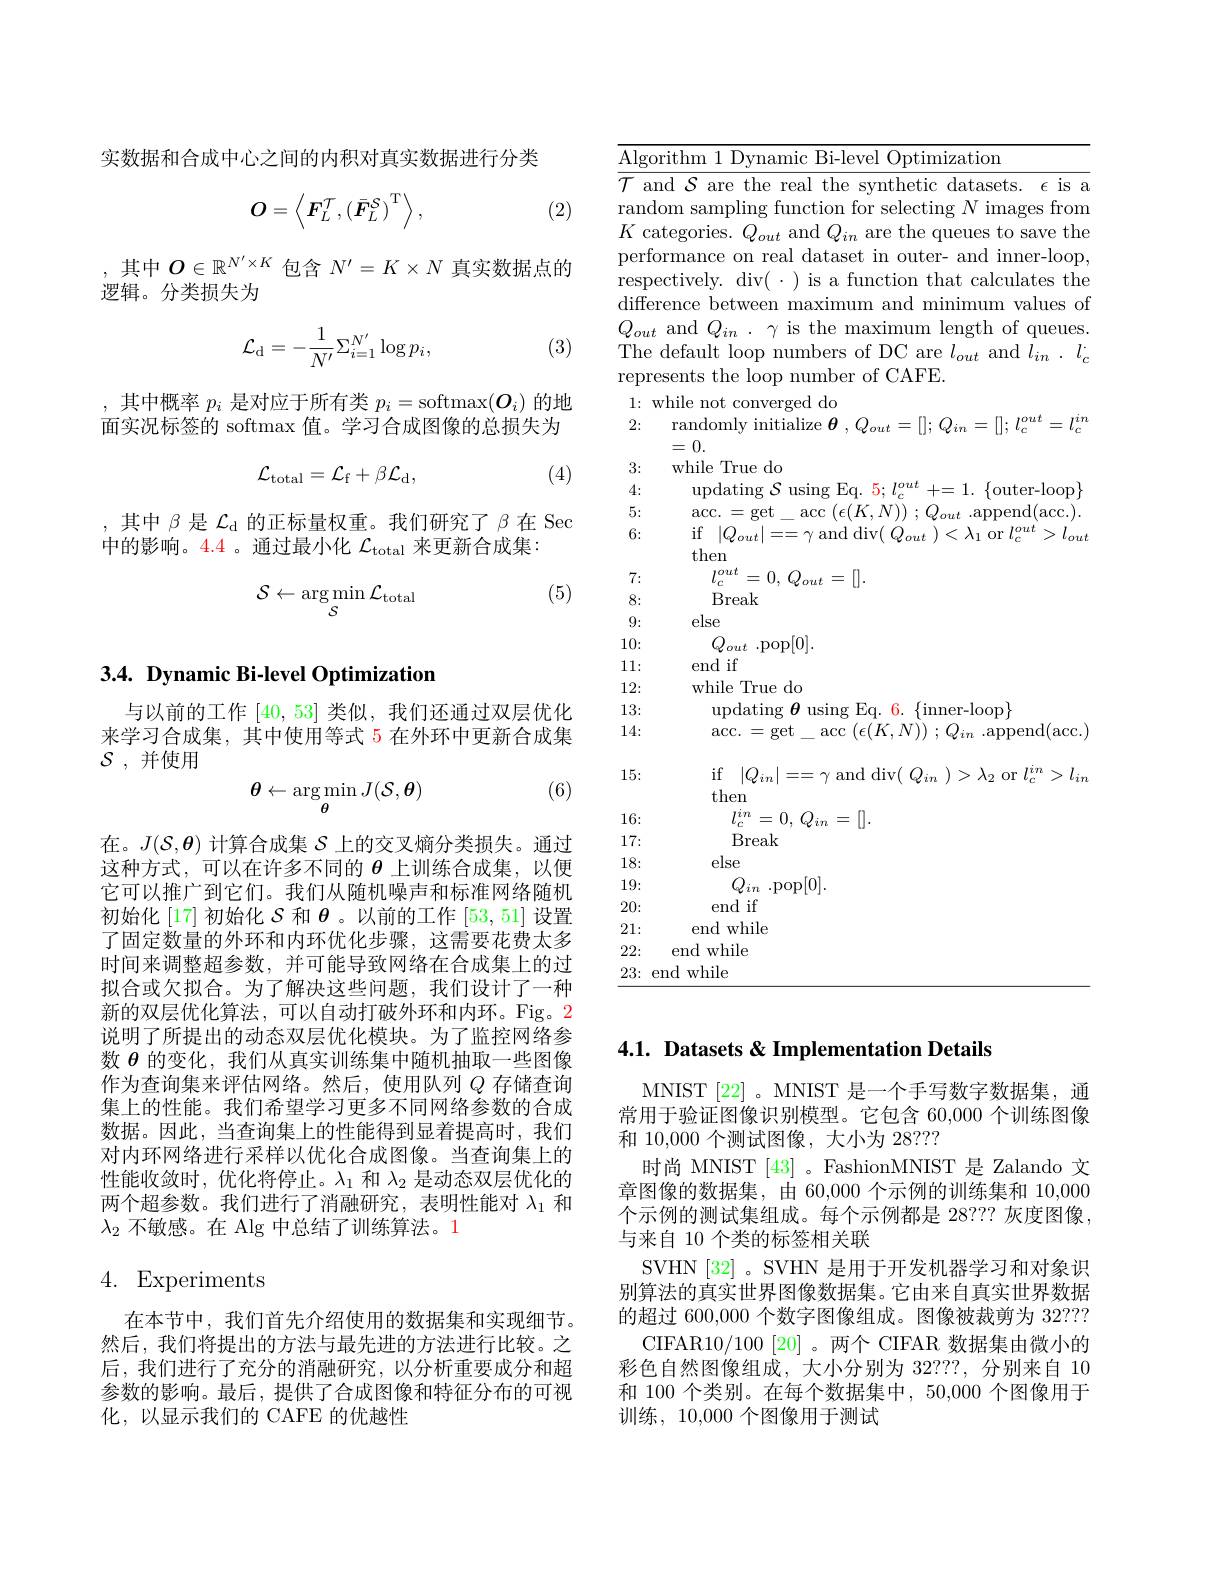
实数据和合成中心之间的内积对真实数据进行分类
$$\boldsymbol{O}=\left\langle\boldsymbol{F}_{L}^{\tau},\left(\bar{\boldsymbol{F}}_{L}^{\mathcal{S}}\right)^{\mathrm{T}}\right\rangle,$$
(2)

,其中$O\in\mathbb{R}^{N^{\prime}\times K}$包含$N^\prime=K\times N$真实数据点的
逻辑。分类损失为
$$\mathcal{L}_{\mathrm{d}}=-\frac{1}{N^{\prime}}\Sigma_{i=1}^{N^{\prime}}\log p_{i},$$
(3)

,其中概率$p_i$是对应于所有类$p_i=$softmax$(O_i)$的地面实况标签的 softmax 值。学习合成图像的总损失为

(4)
$$\mathcal{L}_{\mathrm{total}}=\mathcal{L}_{\mathrm{f}}+\beta\mathcal{L}_{\mathrm{d}},$$
,其中$\beta$是$\mathcal{L}_\mathrm{d}$的正标量权重。我们研究了$\beta$在 Sec
中的影响。4.4 。通过最小化$\mathcal{L}_\mathrm{total}$来更新合成集：

(5)
$$\mathcal{S}\leftarrow\underset{S}{\operatorname*{\arg\min}}\mathcal{L}_{\mathrm{total}}$$
## $3. 4. \textbf{ Dynamic Bi- level Optimization}$

与以前的工作[40,53]类似，我们还通过双层优化来学习合成集，其中使用等式 5 在外环中更新合成集$\mathcal{S}$ , 并使用

(6)
$$\theta\leftarrow\underset{\theta}{\operatorname*{\arg\min}}J(\mathcal{S},\boldsymbol{\theta})$$
在。$J(\mathcal{S},\boldsymbol{\theta})$计算合成集$\mathcal{S}$上的交叉熵分类损失。通过这种方式，可以在许多不同的$\theta$上训练合成集，以便它可以推广到它们。我们从随机噪声和标准网络随机初始化[17]初始化$S$ 和$\theta$。以前的工作[53,51]设置了固定数量的外环和内环优化步骤，这需要花费太多时间来调整超参数，并可能导致网络在合成集上的过拟合或欠拟合。为了解决这些问题，我们设计了一种新的双层优化算法，可以自动打破外环和内环。Fig。2说明了所提出的动态双层优化模块。为了监控网络参数$\theta$的变化，我们从真实训练集中随机抽取一些图像作为查询集来评估网络。然后，使用队列$Q$存储查询集上的性能。我们希望学习更多不同网络参数的合成数据。因此，当查询集上的性能得到显着提高时，我们对内环网络进行采样以优化合成图像。当查询集上的性能收敛时，优化将停止。$\lambda_1$和$\lambda_2$是动态双层优化的两个超参数。我们进行了消融研究，表明性能对$\lambda_1$和$\lambda_2$不敏感。在 Alg 中总结了训练算法。1

## 4. Experiments

在本节中，我们首先介绍使用的数据集和实现细节。然后，我们将提出的方法与最先进的方法进行比较。之后，我们进行了充分的消融研究，以分析重要成分和超参数的影响。最后，提供了合成图像和特征分布的可视化，以显示我们的 CAFE 的优越性

Algorithm 1 Dynamic Bi-level Optimization
$\overline{\mathcal{T}\text{ and }\mathcal{S}\text{ are the real the synthetic datasets. }\epsilon\text{ is a}}$ random sampling function for selecting $N$ images from $K$ categories. $Q_out$ and $Q_in$ are the queues to save the performance on real dataset in outer- and inner-loop, respectively. div( - ) is a function that calculates the difference between maximum and minimum values of $Q_{out}$ and $Q_in$ . $\gamma$ is the maximum length of queues. The default loop numbers of DC are $l_out$ and $l_in$ . $l_c$ represents the loop number of CAFE.
1: while not converged do
2: randomly initialize $\boldsymbol{\theta},Q_out=[];Q_{in}=[];l_c^{out}=l_c^{in}$
=0.
3:
while True do
4:
updating $\mathcal{S}$ using Eq. $5;l_c^out+=1.$ $\{$outer-loop$\}$
5:
acc. $= \mathrm{get}_{- }$acc$\left(\epsilon(K,N)\right);Q_{out}$append(acc.).
6:
if $| Q_{out}| = = \gamma$and$\operatorname*{div}(Q_{out})<\lambda_{1}$or$l_c^{out}>l_{out}$
then
$l_c^{out}= 0$, $Q_{out}= [ ] .$
7: 8:
Break
9:
else
10:
$Q_{out}$ .pop[0].
11:
end if
while True do
12: 13:
updating $\boldsymbol\theta$ using Eq. 6. $\{$inner-loop$\}$
14:
acc. $= \mathrm{get}_{- }$acc$\left(\epsilon(K,N)\right);Q_in$append(acc.)
15:
 if $| Q_{in}| = = \gamma$ and div$(\begin{array}{c}Q_{in}\end{array})>\lambda_{2}$ or $l_{c}^{in}>l_{in}$
then
16:
$l_{c}^{in}= 0$, $Q_{in}= [ ] .$
17:
Break
18:
else
19:
$Q_{in}$ .pop[0].
20:
end if end while
21:
22: end while $23\colon$end while

## 4.1. Datasets & Implementation Details

MNIST[22]。MNIST 是一个手写数字数据集，通常用于验证图像识别模型。它包含 60,000 个训练图像和 10,000 个测试图像，大小为 28???
时尚 MNIST [43] 。FashionMNIST 是 Zalando 文章图像的数据集，由 60,000 个示例的训练集和 10,000个示例的测试集组成。每个示例都是 28??? 灰度图像， 与来自 10 个类的标签相关联
SVHN [32]。SVHN 是用于开发机器学习和对象识别算法的真实世界图像数据集。它由来自真实世界数据的超过 600,000 个数字图像组成。图像被裁剪为 32???
CIFAR10/100 [20] 。两个 CIFAR 数据集由微小的彩色自然图像组成，大小分别为 32??, 分别来自 10和 100 个类别。在每个数据集中，50,000 个图像用于训练，10,000 个图像用于测试